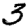
Digit: 3